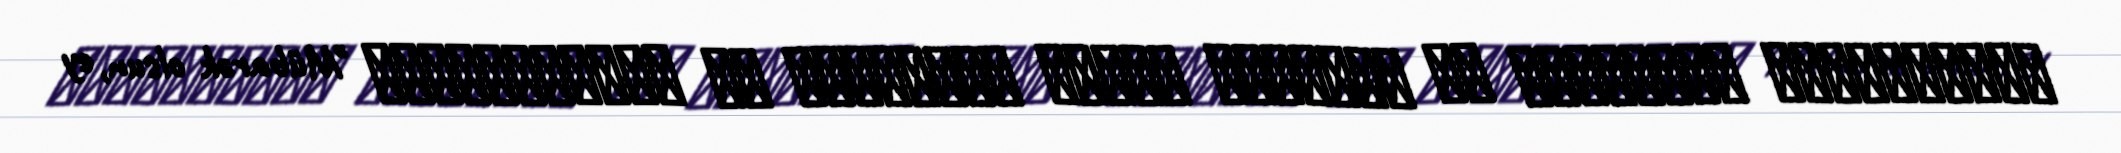
أَمْسَیْتَ مَوْلاىَ وَ مَوْلىٰ کُلِّ مُؤْمِنٍ وَ مُؤْمِنَةٍس "Mübarək olsun, ey